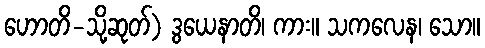
ဟောတိ-သို့ဆုတ်) ဒွယေနာတိ၊ ကား။ သကလေန၊ သော။